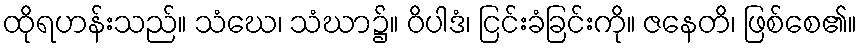
ထိုရဟန်းသည်။ သံဃေ၊ သံဃာ၌။ ဝိပါဒံ၊ ငြင်းခံခြင်းကို။ ဇနေတိ၊ ဖြစ်စေ၏။